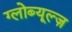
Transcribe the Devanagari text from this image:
ग्लोब्यूल्ज़